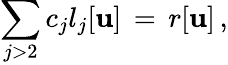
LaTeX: \sum_{j>2}c_{j}l_{j}[\mathbf{u}]\, =\, r[\mathbf{u}]\, ,